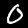
Label: 0